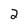
Character: 2